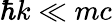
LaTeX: \hbar k\ll mc